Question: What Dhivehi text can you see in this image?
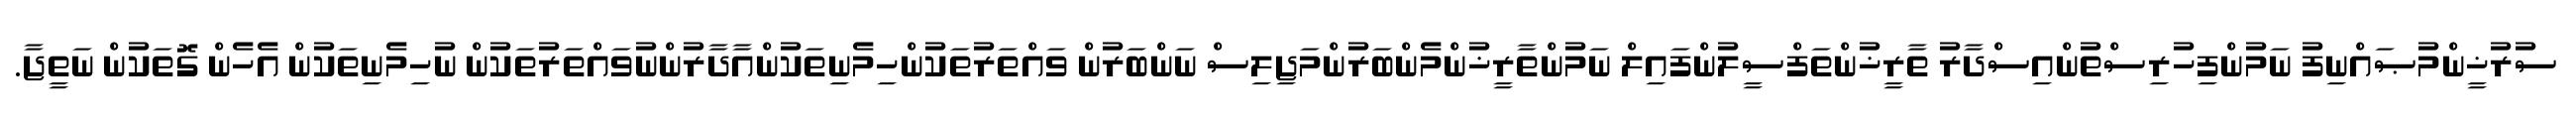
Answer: ސުރުޚީންމުޞައްނިފު ނަމުންފިހުރިސްތުންއިސްދާރު ތާރީޚުންތަފްސީލުންފައިލް ނަމުންތާރީޚުންމެންބަރުންމަޖިލިސް ނަންބަރުން ވައްތަރުތަކުންހިމެނިތަކުންއާދާރުންނުވައްތަރުތަކުން ނުހިމެނިތަކުން އެހެން ގޮތަކުން ނަތީޖާ.